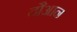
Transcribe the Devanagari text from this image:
दौआन